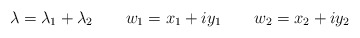
\begin{align*}\lambda=\lambda_1+\lambda_2\ \ \ \ \ \ w_1=x_1+iy_1\ \ \ \ \ \ w_2=x_2+iy_2\end{align*}